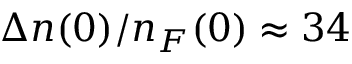
\Delta n ( 0 ) / n _ { F } ( 0 ) \approx 3 4 \